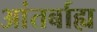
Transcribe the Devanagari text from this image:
आंतर्बाह्य